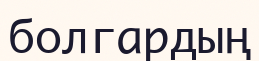
болгардың